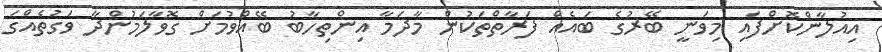
އިއުލާންކޮށްފައި މިވަނީ ބޭރުގެ ބައެއް ފަރާތްތަކުން މާދަމާ އިންތިހާބު ބޭއްވުމަށް ގޮވާލަމުންދާ ވަގުތެއްގަ